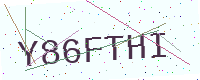
Text: Y86FTHI